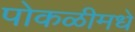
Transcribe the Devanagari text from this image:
पोकळीमधे